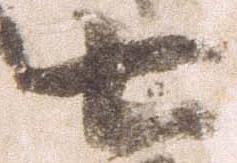
七